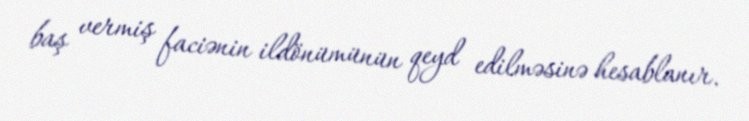
baş vermiş faciənin ildönümünün qeyd edilməsinə hesablanır.